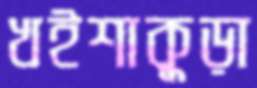
খইশাকুড়া